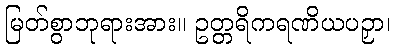
မြတ်စွာဘုရားအား။ ဥတ္တရိကရဏိယပဉှာ၊